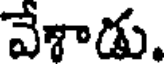
వేశాడు.